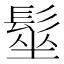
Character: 髽